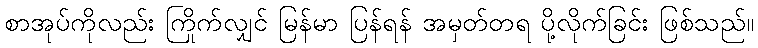
စာအုပ်ကိုလည်း ကြိုက်လျှင် မြန်မာ ပြန်ရန် အမှတ်တရ ပို့လိုက်ခြင်း ဖြစ်သည်။